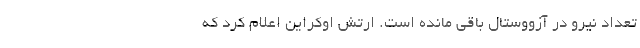
تعداد نیرو در آزووستال باقی مانده‌ است. ارتش اوکراین اعلام کرد که